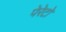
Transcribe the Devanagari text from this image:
पेरेटो